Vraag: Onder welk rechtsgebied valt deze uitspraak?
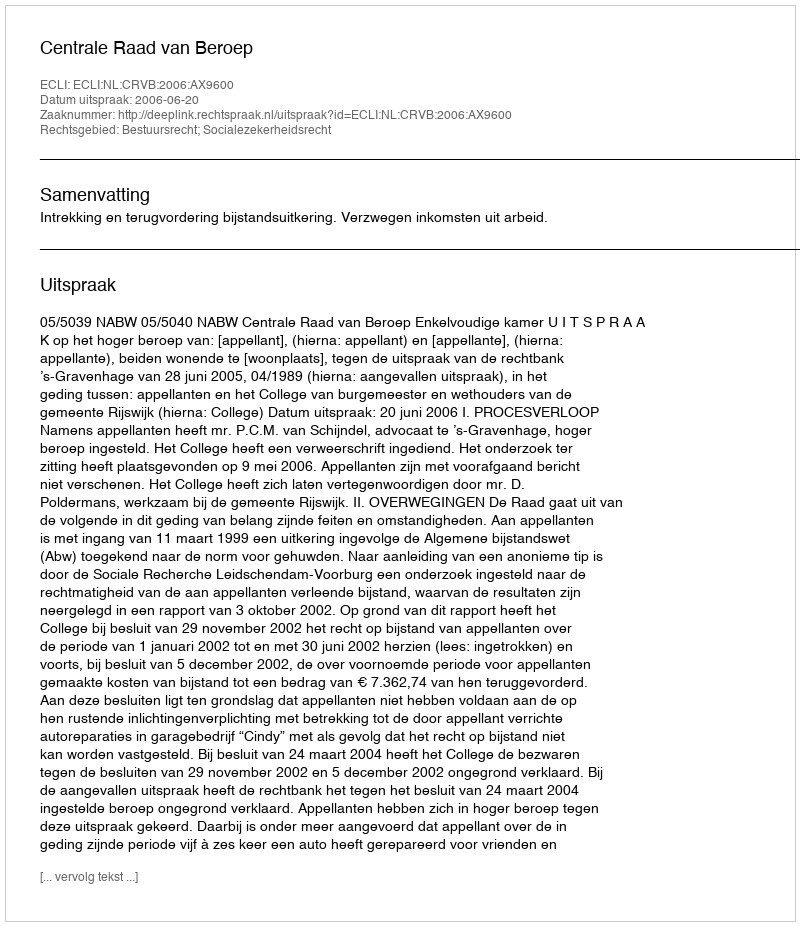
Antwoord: Bestuursrecht; Socialezekerheidsrecht